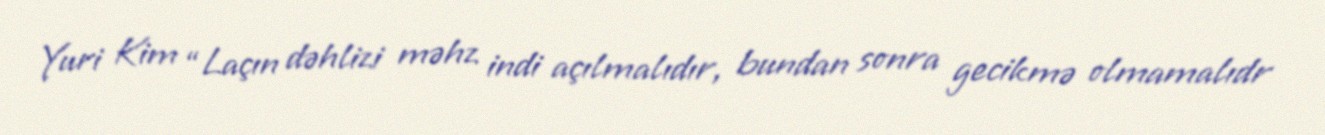
Yuri Kim “Laçın dəhlizi məhz indi açılmalıdır, bundan sonra gecikmə olmamalıdr